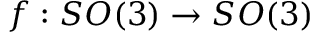
f : S O ( 3 ) \to S O ( 3 )